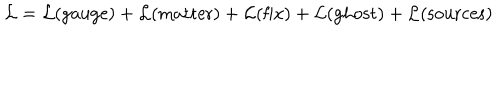
LaTeX: { \cal L } = { \cal L } ( \mathrm { g a u g e } ) + { \cal L } ( \mathrm { m a t t e r } ) + { \cal L } ( \mathrm { f i x } ) + { \cal L } ( \mathrm { g h o s t } ) + { \cal L } ( \mathrm { s o u r c e s } )